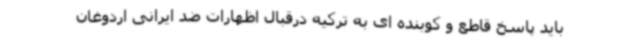
باید پاسخ قاطع و کوبنده ای به ترکیه درقبال اظهارات ضد ایرانی اردوغان